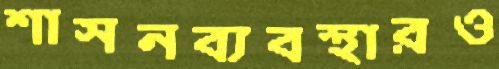
শাসনব্যবস্থারও